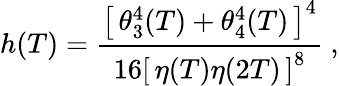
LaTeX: h(T)=\frac{\left[\, \theta_{3}^{4}(T)+\theta_{4}^{4}(T)\, \right]^{4}}{16\left[\, \eta(T)\eta(2T)\, \right]^{8}}\ ,